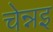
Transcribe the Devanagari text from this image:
चेन्नइ